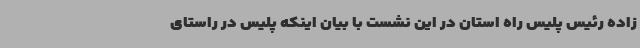
زاده رئیس پلیس راه استان در این نشست با بیان اینکه پلیس در راستای